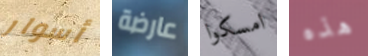
أسوار عارضة امسكوا هذه